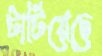
টাটিয়েছে